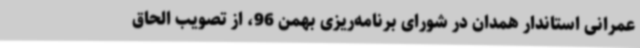
عمرانی استاندار همدان در شورای برنامه‌ریزی بهمن 96، از تصویب الحاق